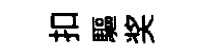
扣驅奖